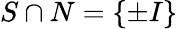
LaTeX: S\cap N=\{ \pm I\}